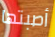
أصبتها